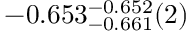
- 0 . 6 5 3 _ { - 0 . 6 6 1 } ^ { - 0 . 6 5 2 } ( 2 )